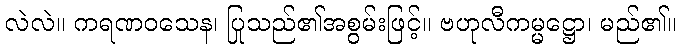
လဲလဲ။ ကရဏဝသေန၊ ပြုသည်၏အစွမ်းဖြင့်။ ဗဟုလီကမ္မဋ္ဌော၊ မည်၏။